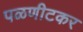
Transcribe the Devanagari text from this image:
पळणीटकर